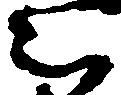
被